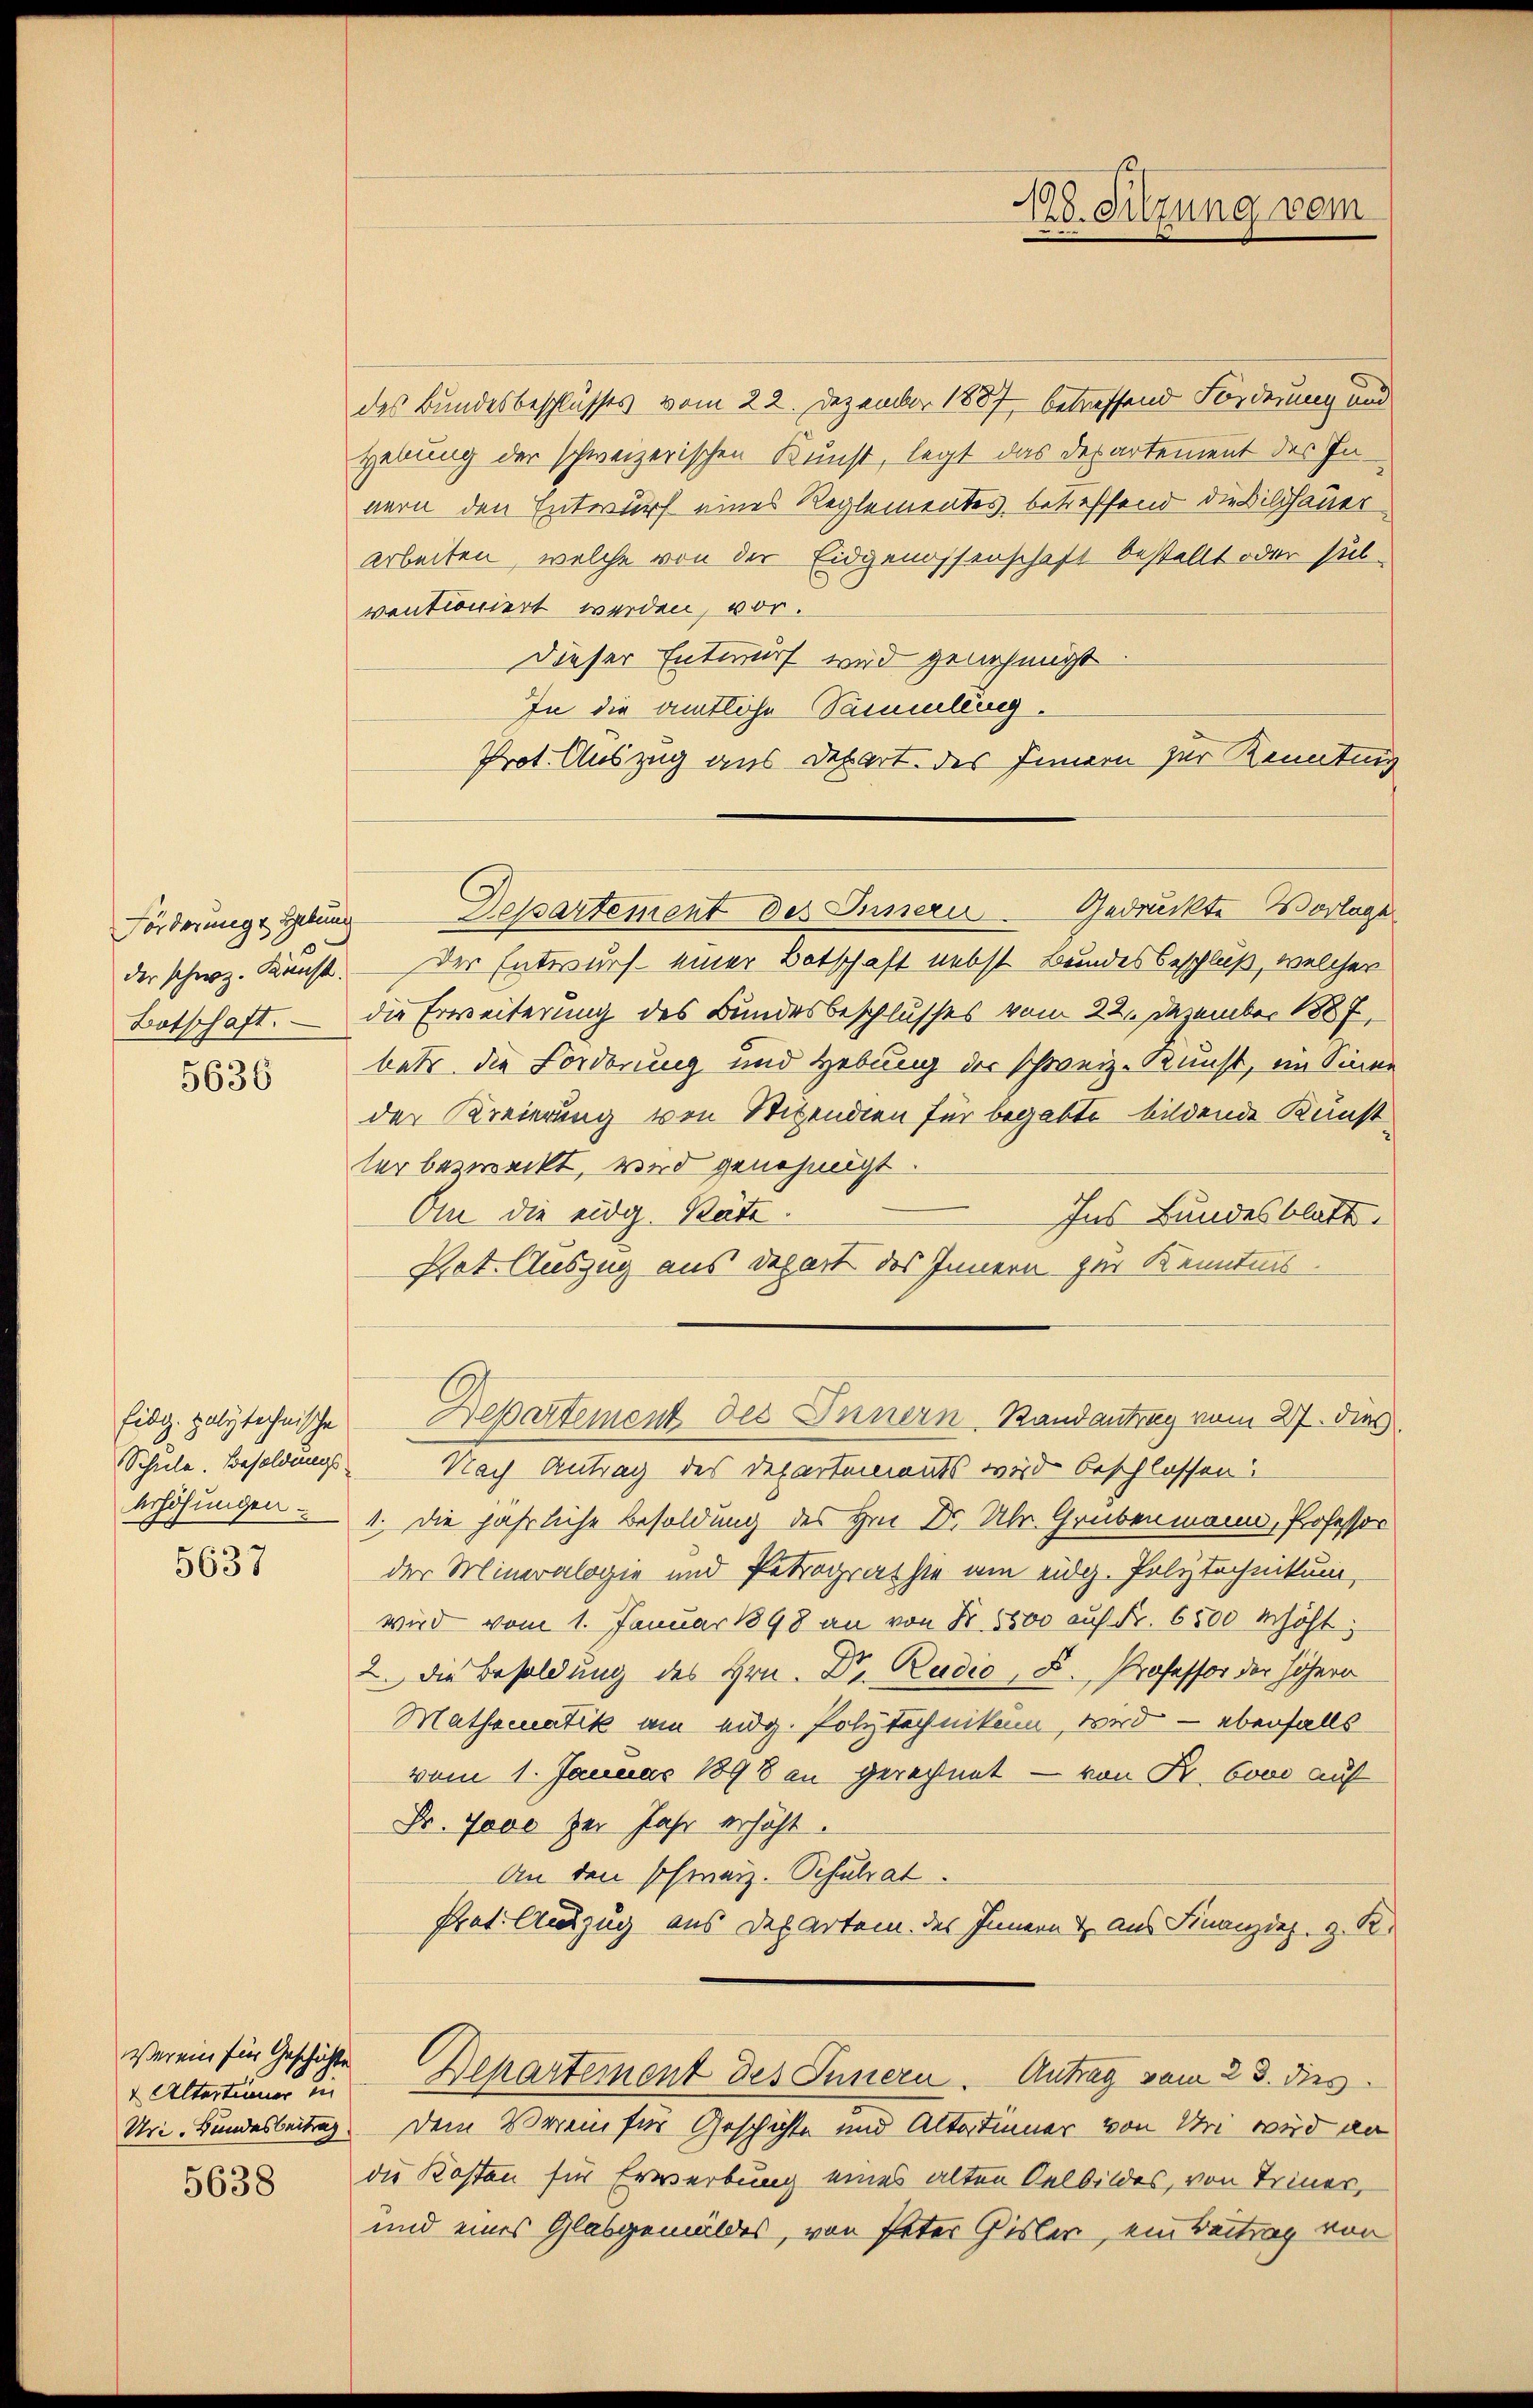
5636

Schule. Besoldungs¬
5637

Altertümer in

5638

des Bundesbeschlusses vom 22. Dezember 1887 betreffend Forderung und
Hebung der schweizerischen Kunst, legt das Departement des Innern den Entwurf eines Reglementes, betreffend die Bildhauer
Arbeiten, welche von der Eidgenossenschaft bestellt oder sub-
ventioniert werden, vor.
Dieser Entwurf wird genehmigt
In die amtliche Sammlung.
Prot. Auszug aus Depart des Innern zur Kennting
Förderunge Hebung Departement des Innern Gedruckte Vorlage
der schweiz. Kunst. — Der Entwurf einer Botschaft nebst Bundesbeschluß, welcher
Botschaft. — Die Erweiterung des Bundesbeschlusses vom 22. Dezember 1887,
bets die Forderung und Hebung der schweiz. Kunst, im Sinne
der Kreierung von Stipendien für begabte bildende Kunstter bezweckt, wird genehmigt.
On die eidg. Räte.
Ins Bundesblatt.
Pat. Auszug aus Depart des Innern zur Kenntnis.
Eidg. polytechnische Departement des Innern Randantrag vom 27. dies
Nach Antrag des Departements wird beschlossen
erhöhungen : 1. Die jährliche Besoldung des Hrn. Dr. Ulr. Grubenmann, Professor
der Mineralogie und Petrographie am eidg. Polytechnikum,
wird vom 1. Januar 1898 an von Fr. 5500 auf Fr. 6500 Mhöht,
2. Die Besoldung des Hrn. Dr. Rudio, D. Professor der Höhern
Mathematik am eidg. Polytechnikum wird — ebenfalls
vom 1. Januar 1898 an gerechnet — von K. 6000 auf
Fr. 7000 zur Jahr erhöht.
An den schweiz. Schulrat.
Pret. Auszug aus Departem des Innern & Aus Finanziez. z. R.
verein für Geschichte Departement des Innern. Antrag vom 23. dies
Uri. Bundesbeitrag dem Verein für Geschichte und Altordinner von Uri wird an
die Kosten für Erwerbung eines alten Oelbildes, von Triner,
und eines Glasgemäldes, von Peter Gisler, ein Beitrag von

128. Sitzung vom